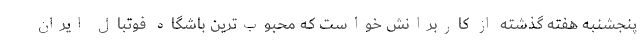
پنجشنبه هفته گذشته از کاربرانش خواست که محبوب‌ترین باشگاه فوتبال ایران